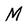
Character: M